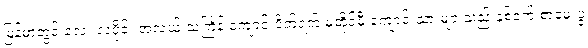
မြန်မာတွင် လေး လပိုင်း အလယ် သင်္ကြန် ကျောင်းပိတ်ရက် မတိုင်မီ ကျောင်းသားများသည် နှစ်ဝက် စာမေးပွဲ